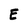
Character: E